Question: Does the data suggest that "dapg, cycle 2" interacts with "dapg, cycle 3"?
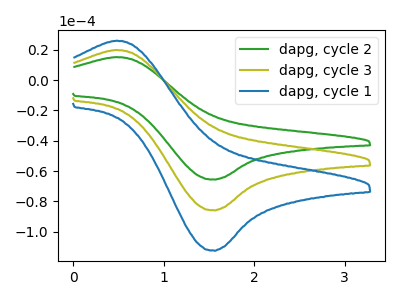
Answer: <think>The green curve "dapg, cycle 2" has an anodic peak at (0.50V, 15.15uA) and a cathodic peak at (1.55V, -65.60uA). The olive curve "dapg, cycle 3" has an anodic peak at (0.50V, 19.85uA) and a cathodic peak at (1.55V, -85.90uA). The blue curve "dapg, cycle 1" has an anodic peak at (0.50V, 39.70uA) and a cathodic peak at (1.55V, -171.80uA).
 All the peaks in "dapg, cycle 2" have a peak in "dapg, cycle 3" at the same potential. Every peak in "dapg, cycle 2" is lower than every peak in "dapg, cycle 3".</think>
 <answer>No, "dapg, cycle 2" and "dapg, cycle 3" don't appear to be significantly different in shape</answer>
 <eval>no_change</eval>